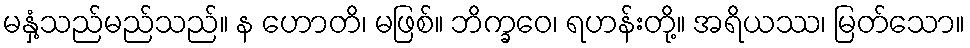
မနှံ့သည်မည်သည်။ န ဟောတိ၊ မဖြစ်။ ဘိက္ခဝေ၊ ရဟန်းတို့။ အရိယဿ၊ မြတ်သော။